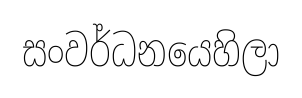
සංවර්ධනයෙහිලා